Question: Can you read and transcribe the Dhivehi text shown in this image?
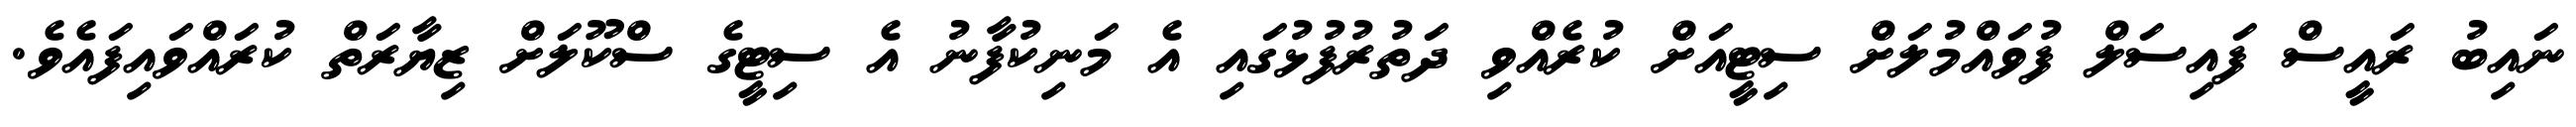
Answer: ނައިބު ރައީސް ފައިސަލް ފުވައްމުލަށް ސިޓީއަށް ކުރެއްވި ދަތުރުފުޅުގައި އެ މަނިކުފާނު އެ ސިޓީގެ ސްކޫލަށް ޒިޔާރަތް ކުރައްވައިފައެވެ.